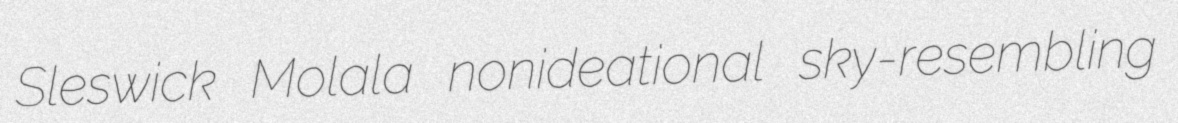
Sleswick Molala nonideational sky-resembling